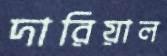
দারিয়াল